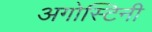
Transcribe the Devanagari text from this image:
अगोस्टिनी